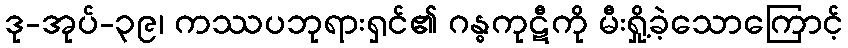
ဒု-အုပ်-၃၉၊ ကဿပဘုရားရှင်၏ ဂန္ဓကုဋီကို မီးရှို့ခဲ့သောကြောင့်